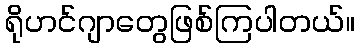
ရိုဟင်ဂျာတွေဖြစ်ကြပါတယ်။